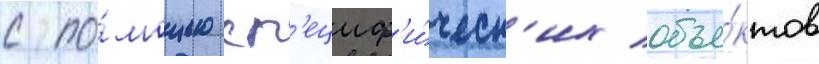
с по́мощью сп'ециф'и́ческ'их объе́ктов